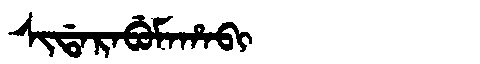
Manchu: ᠰᡳᡩᠠᡵᠠᠪᡠᠮᠠᡥᠠᠪᡳ
Romanization: SIDARABUMAHABI